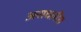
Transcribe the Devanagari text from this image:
असधारीत